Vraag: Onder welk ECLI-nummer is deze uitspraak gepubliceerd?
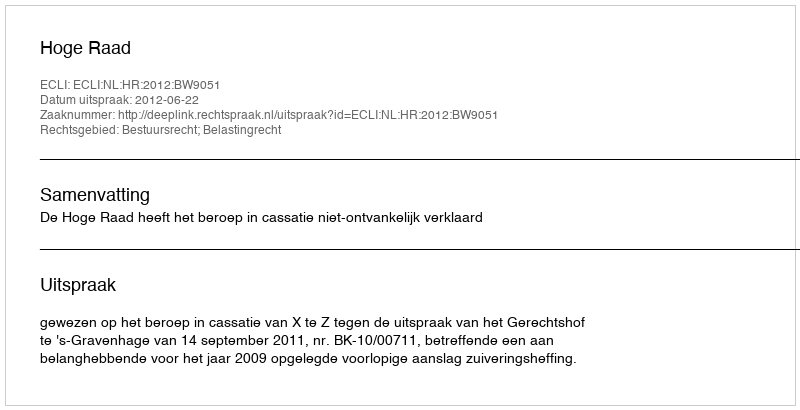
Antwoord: ECLI:NL:HR:2012:BW9051